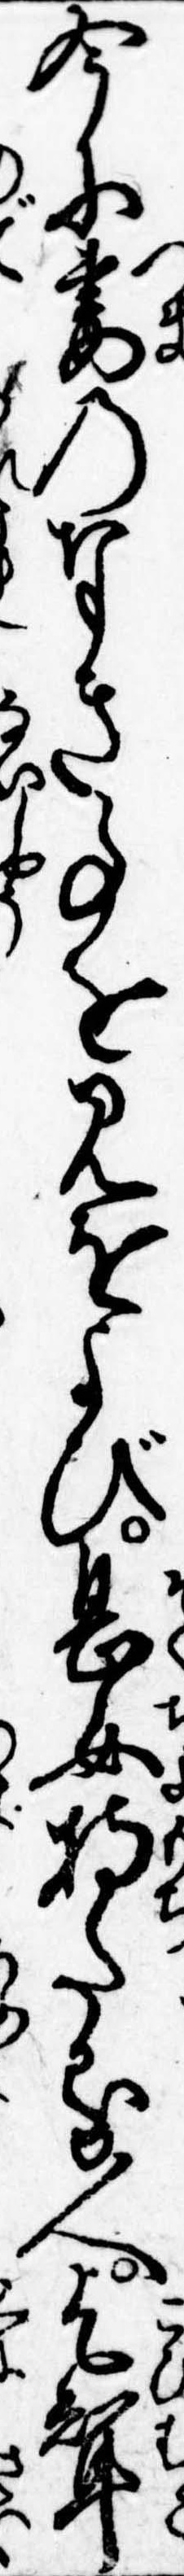
今に妻のなき事を見をよび息女持たる人乞婿